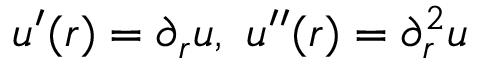
u ^ { \prime } ( r ) = \partial _ { r } u , \ u ^ { \prime \prime } ( r ) = \partial _ { r } ^ { 2 } u